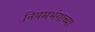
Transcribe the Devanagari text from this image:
नियमभंगाच्या